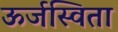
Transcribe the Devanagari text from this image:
ऊर्जस्विता